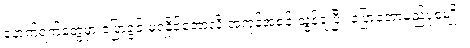
နောက်ရက်တွေမှာ ပြောခွင့် မရနိုင်တော့လို့ အကုန်အစင် သွန်ချပြီး ပြောတော့မည့်ပုံစံမျိုး။